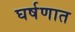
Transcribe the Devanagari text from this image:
घर्षणात